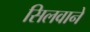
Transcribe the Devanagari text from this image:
सिलवाने